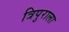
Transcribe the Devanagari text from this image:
त्रिपुराला